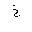
Letter: _kha